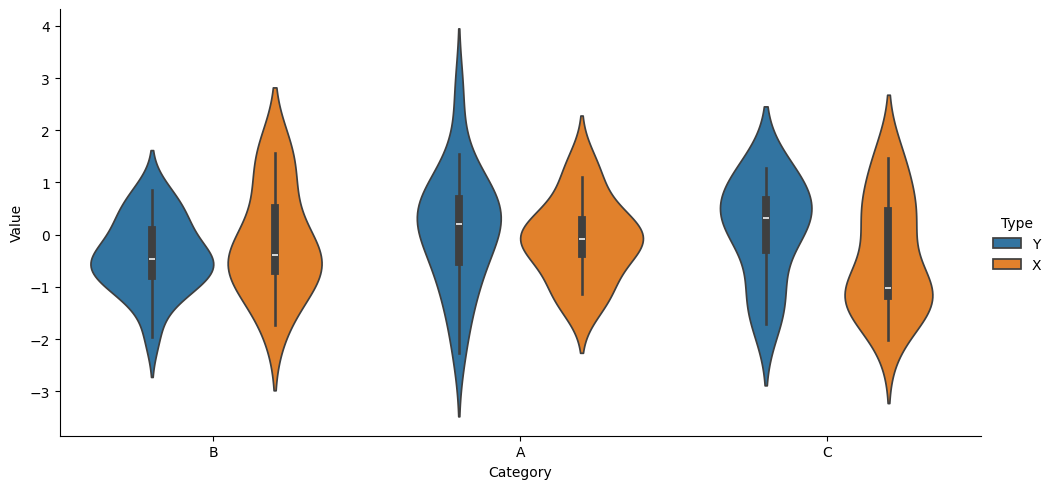
python, seaborn, catplot, kind='violin', height=5, aspect=2